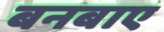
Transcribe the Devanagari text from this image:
बनबाए